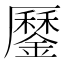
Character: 𨬑